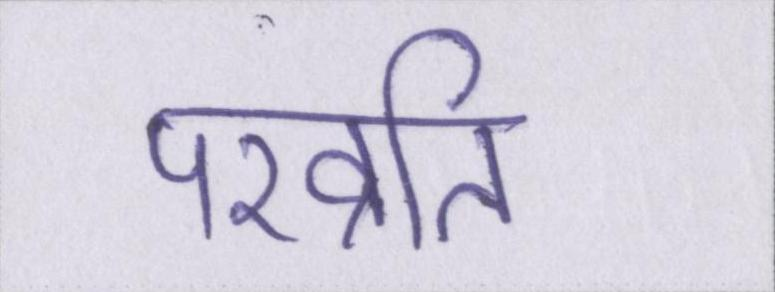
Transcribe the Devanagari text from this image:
परव्रति